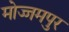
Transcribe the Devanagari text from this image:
मोज्जमपुर